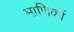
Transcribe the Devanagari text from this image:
माणिकों